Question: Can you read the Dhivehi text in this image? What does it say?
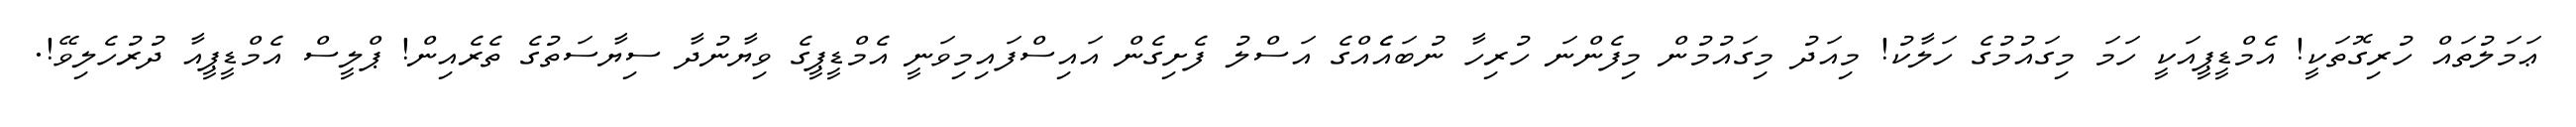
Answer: ޢަމަލުތައް ހުރިގޮތަކީ! އެމްޑީޕީއަކީ ހަމަ މިގައުމުގެ ހަލާކު! މިއަދު މިގައުމުން މިފެންނަ ހުރިހާ ނުބައެެއްގެ އަސްލު ފެށިގެން އައިސްފައިމިވަނީ އެމްޑީޕީގެ ވިޔާނުދާ ސިޔާސަތުގެ ތެރެއިން! ޕްލީސް އެމްޑީޕީއާ ދުރުހެލިވޭ!.